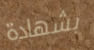
بشهادة